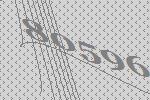
80596